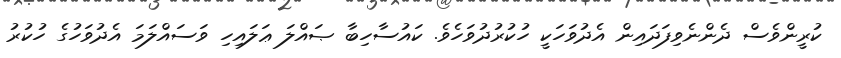
ކުރީންވެސް ދެންނެވިފަދައިން އެދުވަހަކީ ހުކުރުދުވަހެވެ. ކައުސާހިބާ ޞައްލަ ޢަލައިހި ވަސައްލަމަ އެދުވަހުގެ ހުކުރު